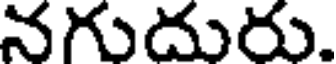
నగుదురు.